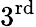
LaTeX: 3^{\mathrm{rd}}